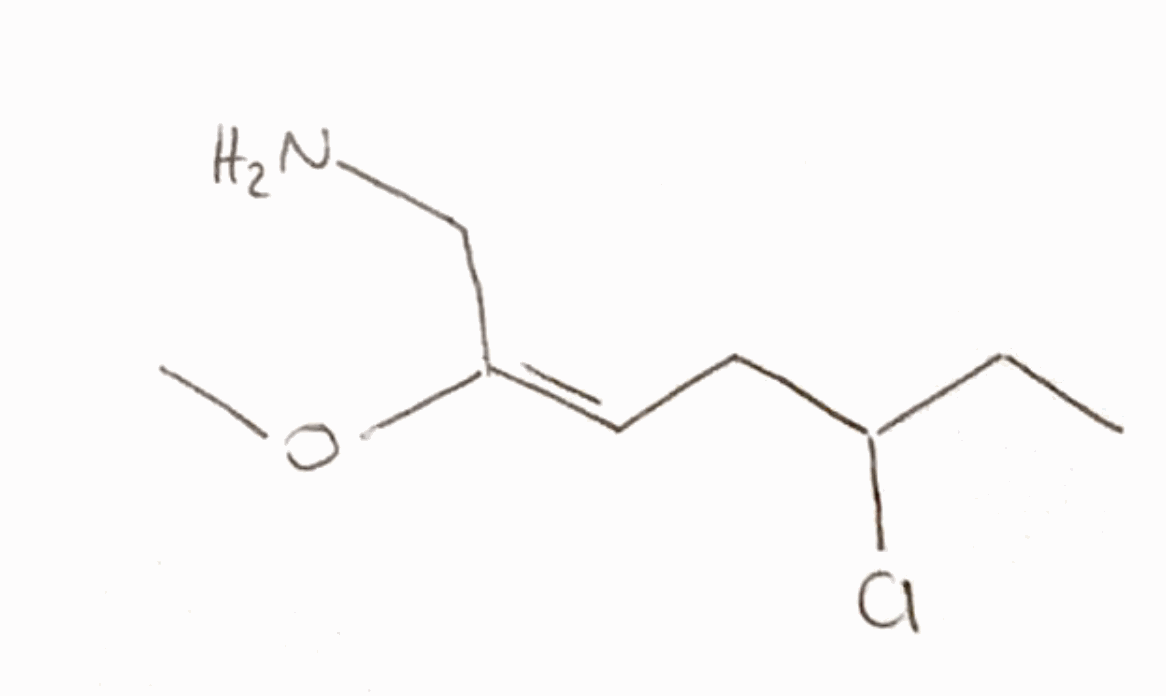
Simplified molecular-input line-entry system (SMILES) notation of the given molecule:
CCC(C/C=C(\CN)/OC)Cl